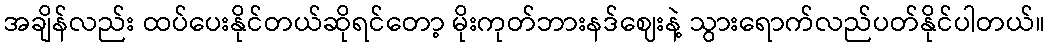
အချိန်လည်း ထပ်ပေးနိုင်တယ်ဆိုရင်တော့ မိုးကုတ်ဘားနဒ်ဈေးနဲ့ သွားရောက်လည်ပတ်နိုင်ပါတယ်။